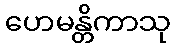
ဟေမန္တိကာသု